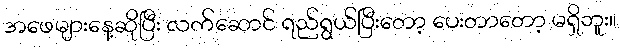
အဖေများနေ့ဆိုပြီး လက်ဆောင် ရည်ရွယ်ပြီးတော့ ပေးတာတော့ မရှိဘူး။